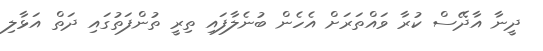
ދީނާ އާދޭސް ކުރާ ވައްތަރަށް އެހެން ބުނެލާފައި ތިރީ ތުންފަތުގައި ދަތް އަޅާލި